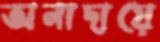
অনাদায়ে